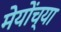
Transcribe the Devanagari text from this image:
मेयोंच्या